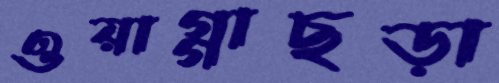
ওয়াগ্গাছড়া